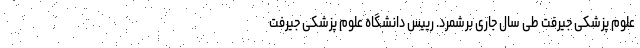
علوم پزشکی جیرفت طی سال جاری برشمرد. رییس دانشگاه علوم پزشکی جیرفت